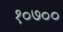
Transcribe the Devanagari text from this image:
१०७००